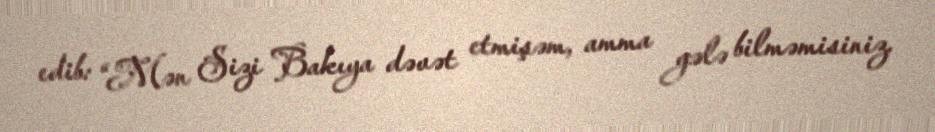
edib: “Mən Sizi Bakıya dəvət etmişəm, amma gələ bilməmisiniz.